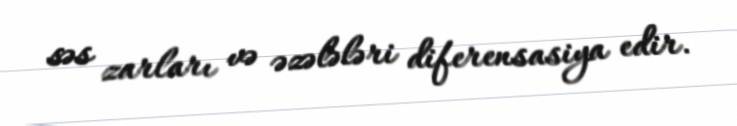
səs zarları və əzələləri diferensasiya edir.